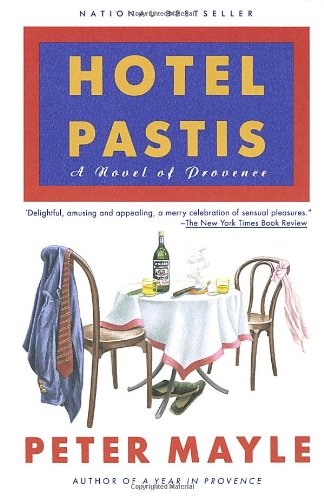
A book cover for Hotel Pastis: A Novel of Provence; Peter Mayle; Romance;